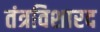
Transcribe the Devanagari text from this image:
तंत्रविशारद